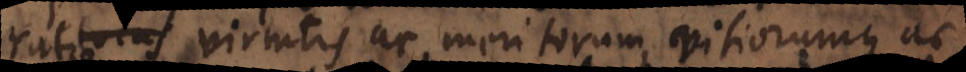
locus virtutis ac meritorum, vitiorumque ac